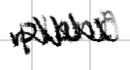
Text: plant
Cross-out: zig-zag
Writing tool: digital_black